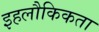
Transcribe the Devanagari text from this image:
इहलौकिकता